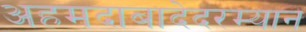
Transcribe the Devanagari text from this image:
अहमदाबादेदरम्यान